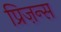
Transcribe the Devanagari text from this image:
प्रिज़न्स